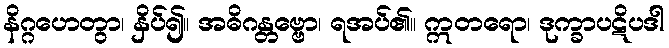
နိဂ္ဂဟေတွာ၊ နှိပ်၍။ အဓိဂန္တဗ္ဗော၊ ရအပ်၏။ ဣတရော၊ ဒုက္ခာပဋိပဒါ